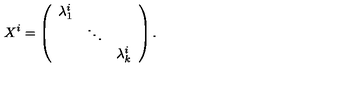
X ^ { i } = \left( \begin{array} { c c c } { \lambda _ { 1 } ^ { i } } & { } & { } \\ { } & { \ddots } & { } \\ { } & { } & { \lambda _ { k } ^ { i } } \\ \end{array} \right) .